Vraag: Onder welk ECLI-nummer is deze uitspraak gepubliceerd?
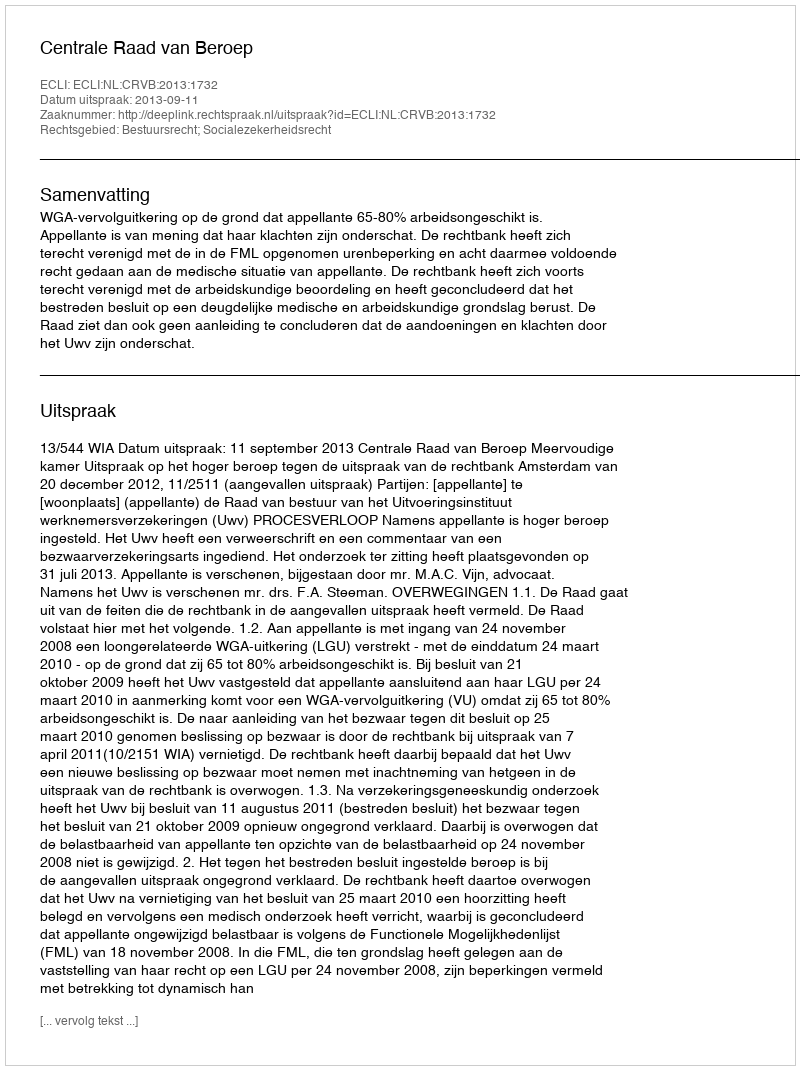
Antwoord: ECLI:NL:CRVB:2013:1732